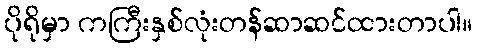
ပိုရိုမှာ ကကြီးနှစ်လုံးတန်ဆာဆင်ထားတာပါ။